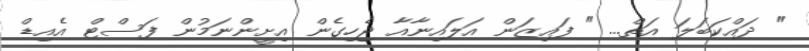
" ދައްކަބަލަ އަތް... " ފައިޒަން އަލައިނާއާ ޖެހިގެން އިށީންނަމުން ފަސްޓް އެއިޑް